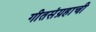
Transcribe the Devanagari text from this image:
गीतसंग्रहाची